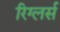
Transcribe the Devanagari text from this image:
रिग्लर्स